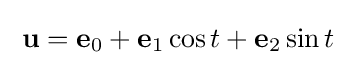
\;\mathbf {u} =\mathbf {e} _{0}+\mathbf {e} _{1}\cos t+\mathbf {e} _{2}\sin t\;